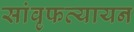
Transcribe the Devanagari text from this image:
सांवृफत्यायन